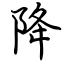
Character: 降